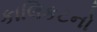
કાલિકટનો